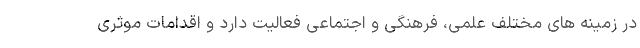
در زمینه های مختلف علمی، فرهنگی و اجتماعی فعالیت دارد و اقدامات موثری